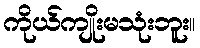
ကိုယ်ကျိုးမသုံးဘူး။